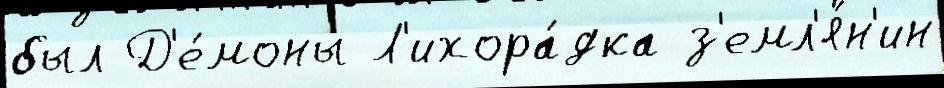
был Д'е́моны Л'ихора́дка з'емл'я́н'ин